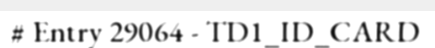
# Entry 29064 - TD1_ID_CARD